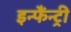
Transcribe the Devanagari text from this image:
इन्फैंन्ट्री